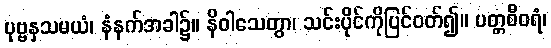
ပုဗ္ဗနှသမယံ၊ နံနက်အခါ၌။ နိဝါသေတွာ၊ သင်းပိုင်ကိုပြင်ဝတ်၍။ ပတ္တစီဝရံ၊